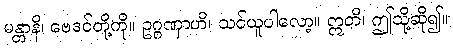
မန္တာနိ၊ ဗေဒင်တို့ကို။ ဥဂ္ဂဏှာဟိ၊ သင်ယူပါလော့။ ဣတိ၊ ဤသို့ဆို၍။